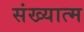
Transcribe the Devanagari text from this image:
संख्यात्म